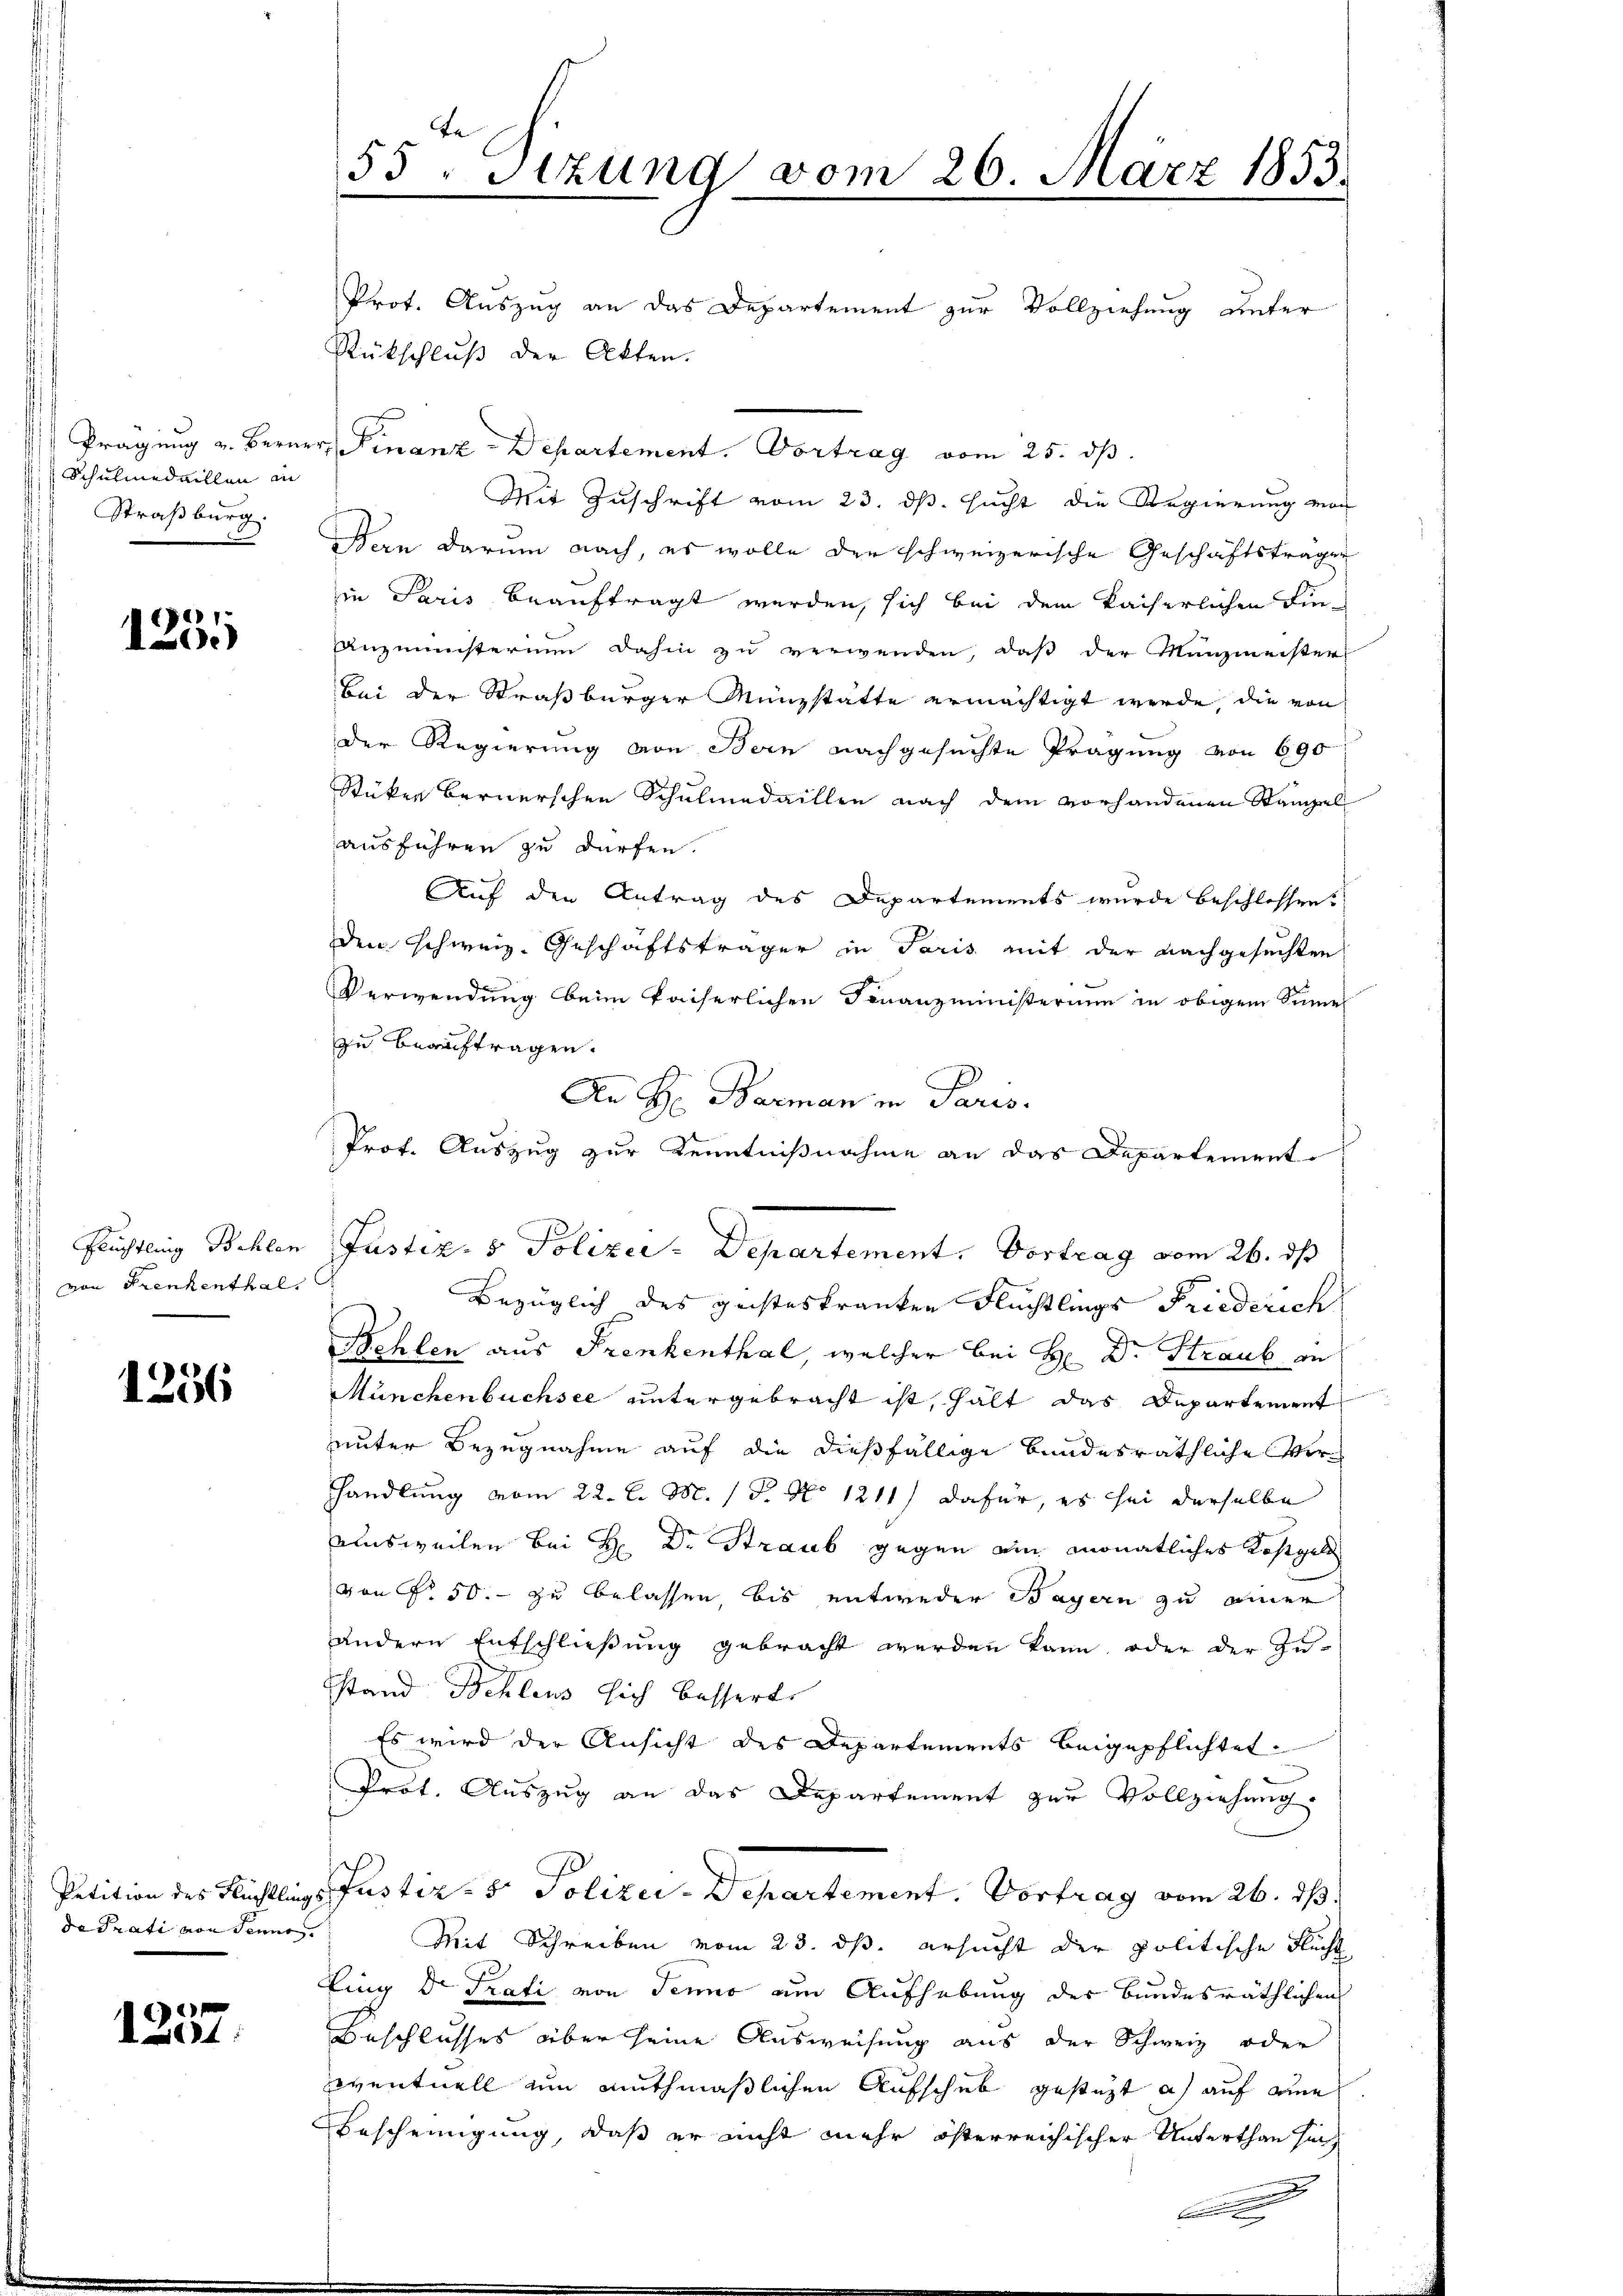
Schulmedaillen in
Straßburg.

1231

Flüchtling Bochlen
von Frenkenthal.

1256

de Prati von Sennes.

1257.

te
55, Sitzung vom 26. März 1853.
Prot. Auszug an das Departement zur Vollziehung unter
Rückschluß der Akten.

Prägung u. Berner Finanz-Departement. Vortrag vom 25. ds.
Mit Zuschrift vom 23. ds. sucht die Regierung von
Bern darum nach, es wolle der schweizerische Geschäftsträgen
in Paris beauftragt werden, sich bei dem kaiserlichen Finanzmeisterium dahin zŭ verwenden, daβ der Manzmeister
Bei der Straßburger Münzstätte ermächtigt werde, die von
der Regierung von Bern nachgesuchte Prägung von 690
Stüken bernerschen Schulmedaillen nach dem vorhandenen Stampel
ausführen zu dürfen.
Auf den Antrag des Departements wurde beschlossen?
den Schweiz. Geschäftsträger in Paris mit der nachgesuchten
Verwendung beim kaiserlichen Finanzministerium in obigem Summe
zu beauftragen.
Bezüglich des geisteskranken Flüchtlings Friederich
Behlen aus Frenkenthal, welcher bei H. Dr. Straub an
Münchenbuchsee untergebracht ist, hält das Departement
unter Bezugnahme auf die dießfällige bundesräthliche Verhhandlung vom 22. l. M. (T. No 1211) dafür, es sei derselbe
Ausweilen bei H. Dr Straub gegen ein monatliches Kostgeld
von Fr. 50. zu belassen, bis entweder Bayern zu einer
andern Entschließung gebracht werden kann, oder der Zu-
stand Schleus sich besserte
Es wird der Ansicht des Departements beigepflichtet
Prot. Auszug an das Departement zur Vollziehung
Petition des Flüchtlings Justiz- & Polizei-Departement. Vortrag vom 26. ds.
Mit Schreiben vom 23. ds. ersucht der politische Flucht
Ling der Prati von Jenne um Aufhebung des bundesräthlichen
Beschlusses über seine Ausweisung aus der Schweiz oder
eventuell um muthmaßlichen Aufschub gesteht a) auf eine
Bescheinigung, daß er nicht mehr österreichischer Unterthan sin
.

Dr H. Barman in Paris.
Prof. Auszug zur Kenntnißnahme an das Departement
Justiz- & Polizei-Departement. Vortrag vom 26. ds